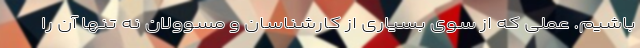
باشیم. عملی که از سوی بسیاری از کارشناسان و مسوولان نه تنها آن را